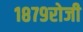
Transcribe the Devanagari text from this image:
१८७९रोजी